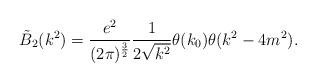
LaTeX: \begin{align*}\tilde{B}_2(k^2)= \frac{e^2}{(2\pi)^{\frac{3}{2}}}\frac{1}{2\sqrt{k^2}}\theta (k_0)\theta (k^2-4m^2).\end{align*}